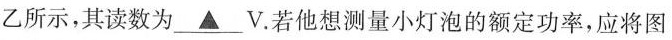
乙所示，其读数为 \underline{▲}V。若他想测量小灯泡的额定功率，应将图